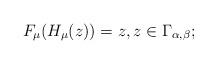
LaTeX: \begin{align*}F_{\mu}(H_{\mu}(z))=z,z\in\Gamma_{\alpha,\beta};\end{align*}